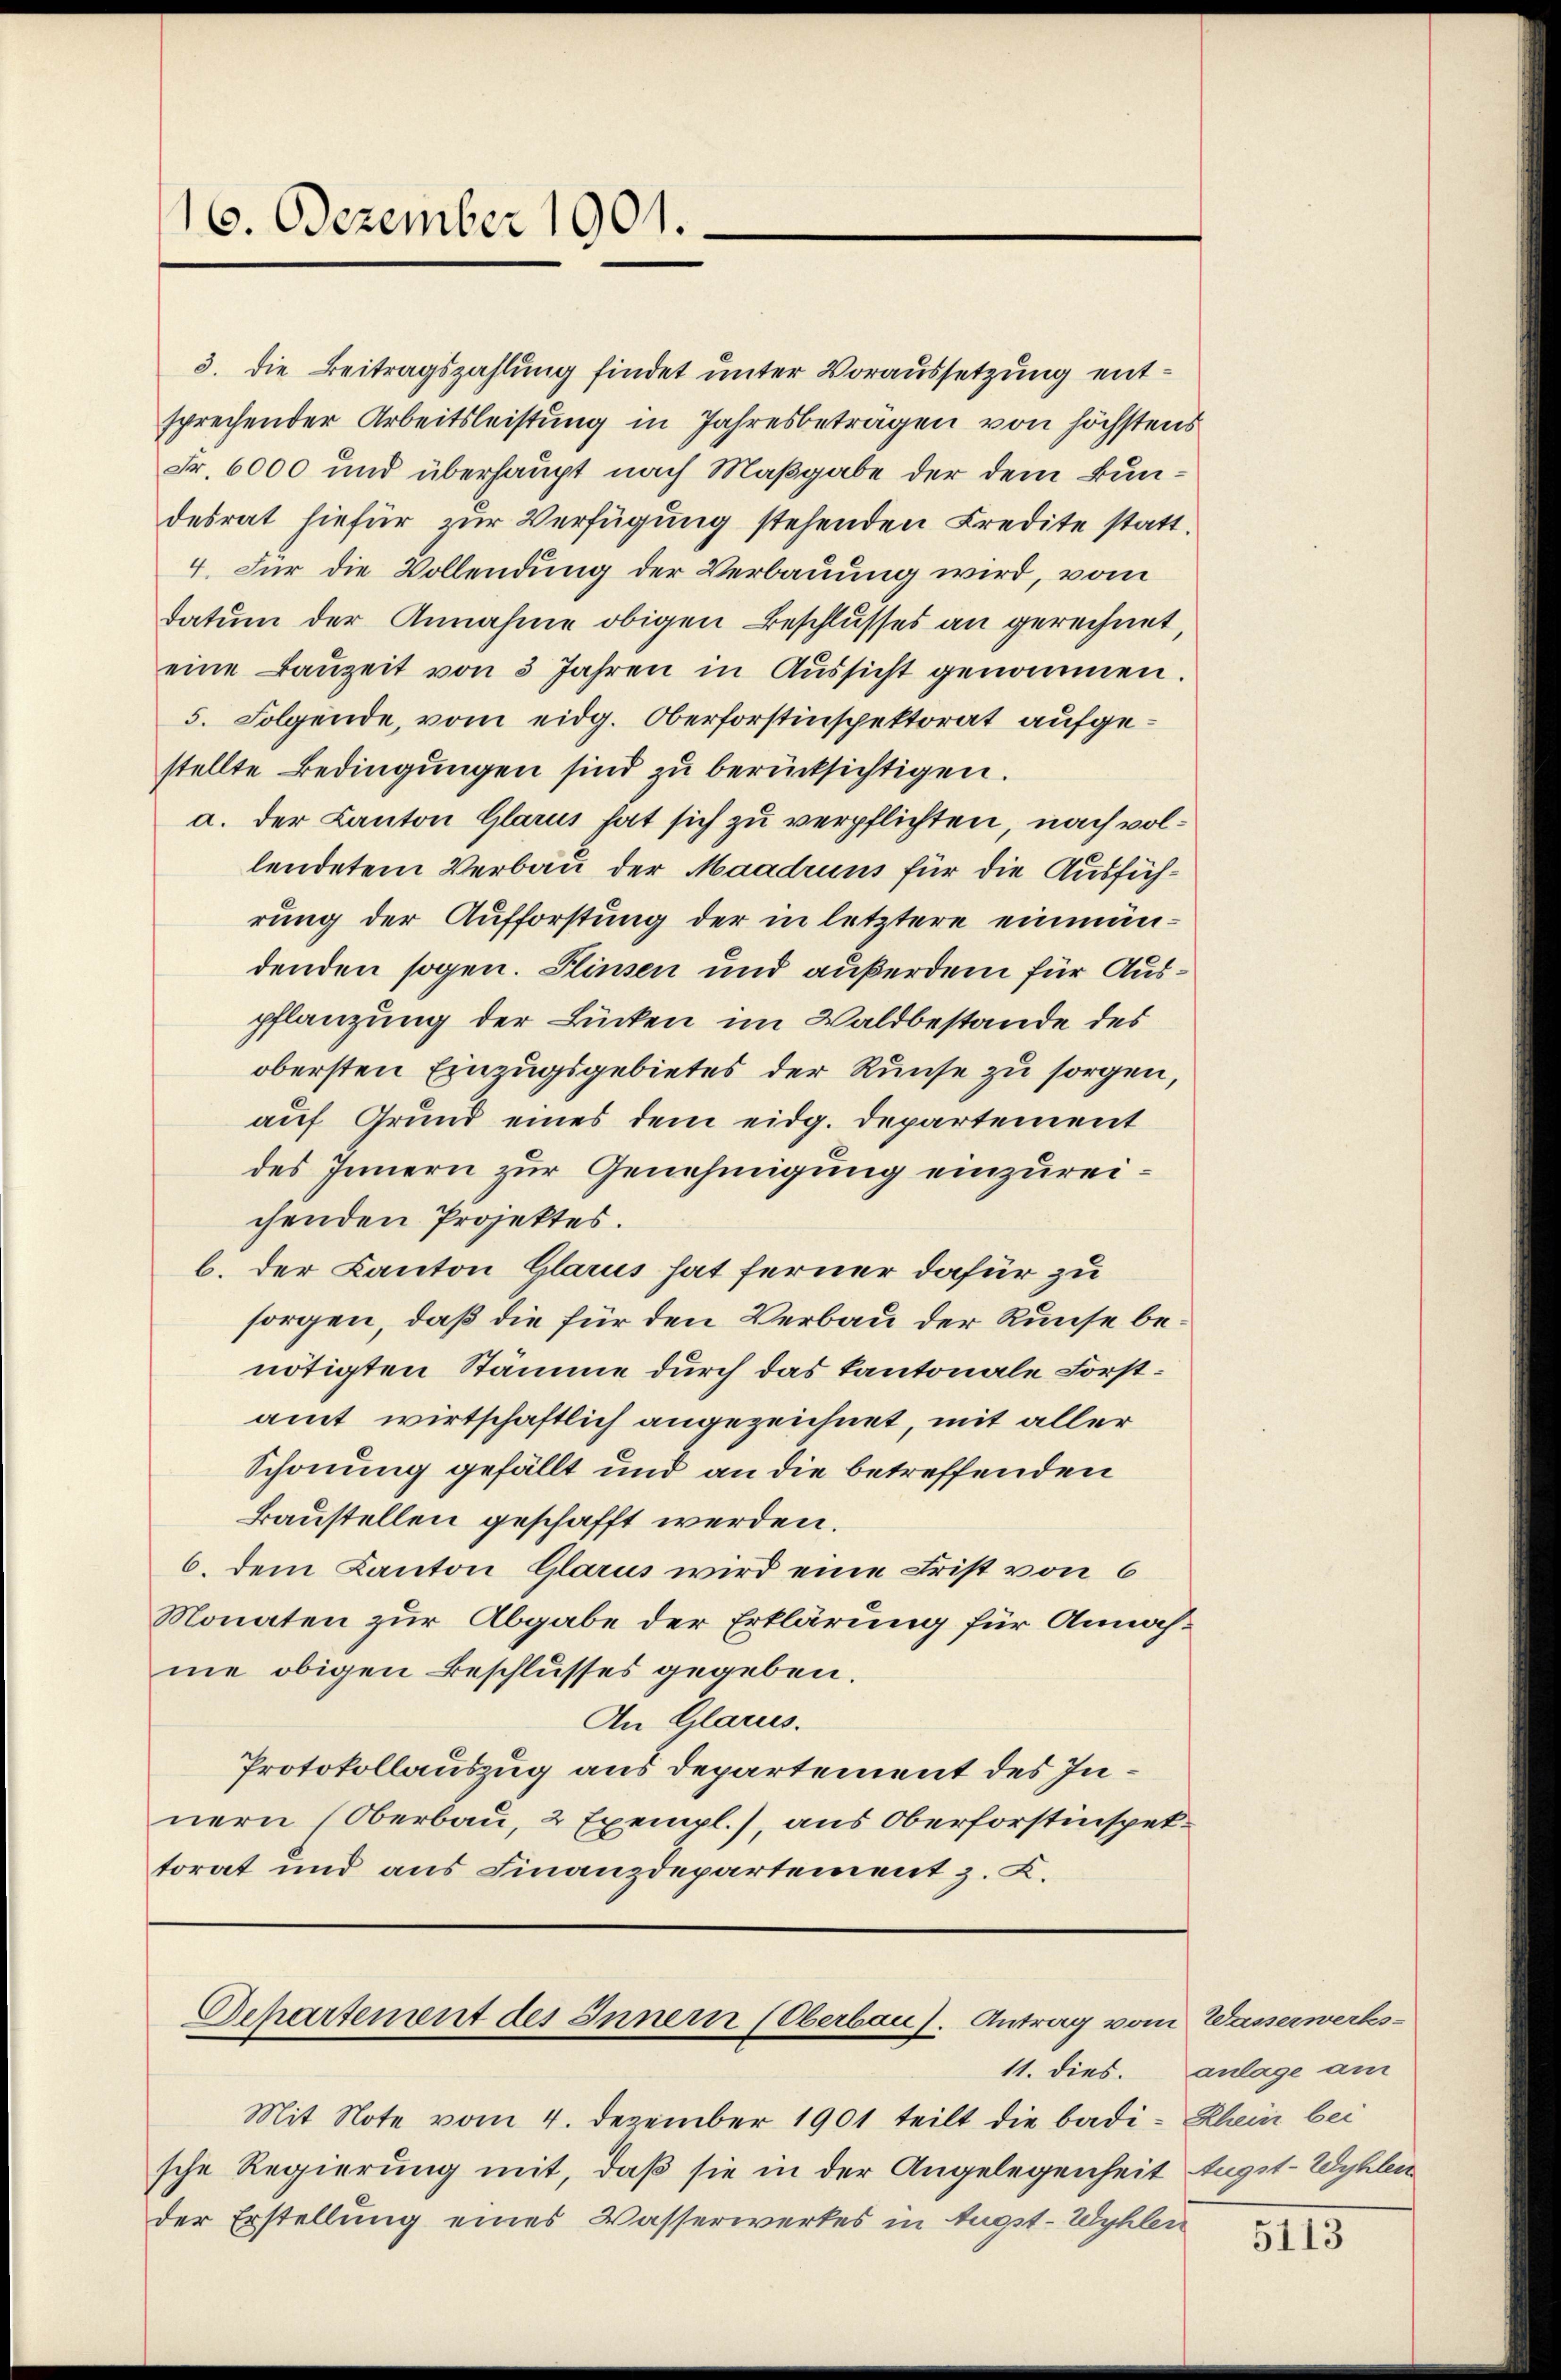
16. Dezember 1901.

3. die Beitragszahlung findet unter Voraussetzung entsprechender Arbeitsleistung in Jahresbetragen von höchstens
Fr. 6000 und überhaupt nach Maßgabe der dem Bundesrat hiefür zur Verfügung stehenden Credite statt¬
4. Für die Vollendung der Verbauung wird, vom
datum der Annahme obigen Beschlusses an gerechnet,
eine Baŭzeit von 3 Jahren in Aŭssicht genommen.
5. Folgende, vom eidg. Oberforstinspektorat aufgestellte Bedingungen sind zu berücksichtigen.
a. der Canton Glarus hat sich zu verpflichten, nach vollendetem Verbau der Maadruns für die Ausführung der Aufforstung der in letztere einmändenden sogen. Einsen und außerdem für Auspflanzung der Lücken im Waldbestande des
obersten Einzugsgebietes der Runse zu sorgen,
auf Grund eines dem eidg. Departement
des Innern zur Genehmigung einzureichenden Projektes.
b. der Kanton Glarus hat ferner dafür zu
sorgen, daß die für den Verbau der Runse benötigten Stämme durch das Kantonale Forstamt wirtschaftlich angezeichnet, mit aller
Schonung gefällt und an die betreffenden
Baustellen geschafft werden.
6. dem Kanton Glarus wird eine Frist von 6
Monaten zur Abgabe der Erklärung für Annahme obigen Beschlusses gegeben.
An Glarus.
Protokollauszug aus Departement des Innern (Oberbau, 2 Exempl.), aus Oberforstinspektorat und aus Finanzdepartement z. B.

Sehartement des Innern (Oberbau). Antrag vom

Mit Note vom 4. Dezember 1901 teilt die badi- Rhein bei
sche Regierung mit, daß sie in der Angelegenheit
der Erstellung eines Wasserwerkes in Augst-Wyhler

Wasserwerks-
11. dies. anlage am
fügst-Wyhlen

5113